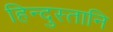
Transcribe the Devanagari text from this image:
हिन्दुस्तानि